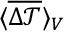
\langle \overline { { \Delta \mathcal { T } } } \rangle _ { V }